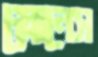
স্লোনেস